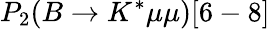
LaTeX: P_{2}(B\to K^{*}\mu\mu)[6-8]